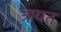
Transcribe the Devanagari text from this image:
त्रायत